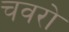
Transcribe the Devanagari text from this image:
चवरो